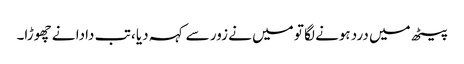
پیٹھ میں درد ہونے لگا تو میں نے زور سے کہہ دیا ، تب دادا نے چھوڑا۔